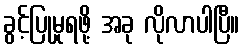
ခွင့်ပြုမှုရဖို့ အခု လိုလာပါပြီ။